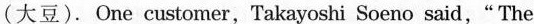
(大豆). One customer，Takayoshi Soeno said，“The